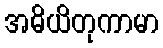
အဓိယိတုကာမာ